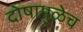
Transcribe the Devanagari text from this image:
दोषामुळेच